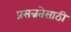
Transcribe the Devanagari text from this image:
प्रसन्नतेसाठी